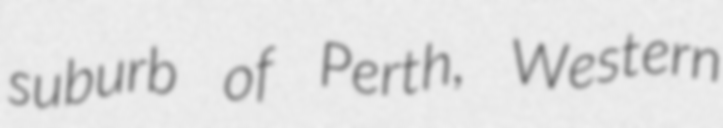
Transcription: suburb of Perth, Western